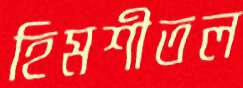
হিমশীতল